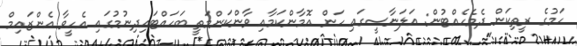
ހަމުގެ ރީތިކަން ދެމެހެއްޓުން: އަލަނާސީގައި ހަން އޮމާންކަމާއި ވާންކަންމަތީ ބަހައްޓައިދިނުމުގައި އެހީވާ އެންޒައިމް